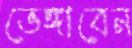
ভেঙ্গাবেন